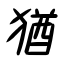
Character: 猶